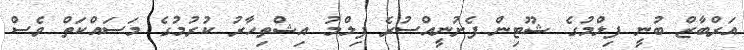
އަރްބާޒް ބުނީ ފިލްމުގެ ޝޫޓިން ފެށުނީއްސުރެ ފިލްމު އިޝްތިހާރު ކުރުމުގެ މަސައްކަތް ވެސް